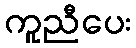
ကူညီပေး